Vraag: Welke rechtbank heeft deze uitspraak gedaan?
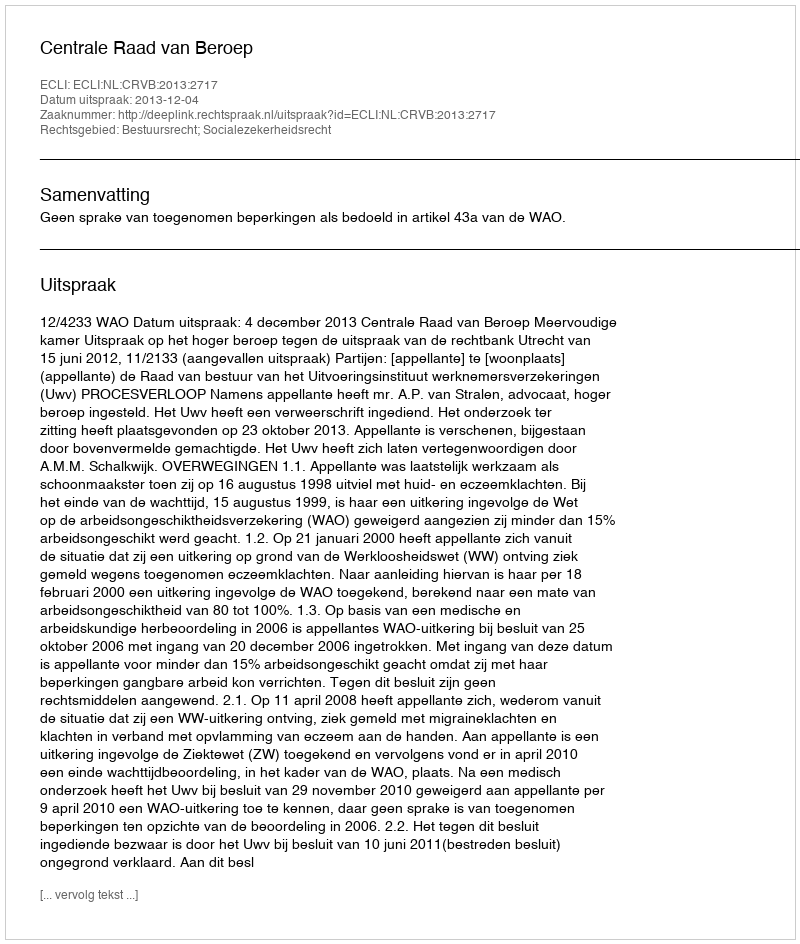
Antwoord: Centrale Raad van Beroep